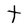
Character: t